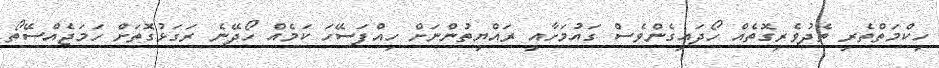
ހިކްމަތްތެރި ތެދުވެރިގޮތެއް ހޯދައިގެންވެސް ގައުމަށާއި ރައްޔިތުންނަށް ހިއްފަސޭހަ ކަމެއް ހޯދޭނެ ރަގަޅުގޮތަށް ހަމަޖެއްސޭތޯ